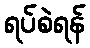
ရပ်စဲရန်